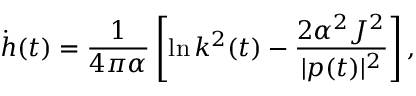
\dot { h } ( t ) = \frac { 1 } { 4 \pi \alpha } \left[ \ln k ^ { 2 } ( t ) - \frac { 2 \alpha ^ { 2 } J ^ { 2 } } { | p ( t ) | ^ { 2 } } \right] ,